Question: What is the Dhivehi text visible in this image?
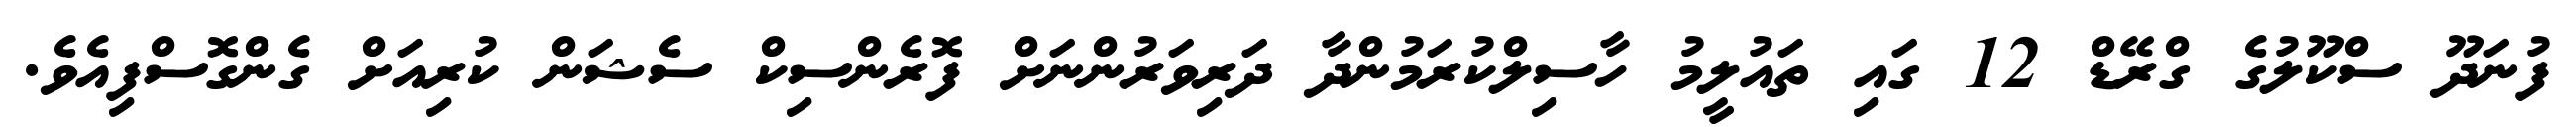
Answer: ފުނަދޫ ސްކޫލުގެ ގްރޭޑް 12 ގައި ތައުލީމު ހާސިލްކުރަމުންދާ ދަރިވަރުންނަށް ފޮރެންސިކް ސެޝަން ކުރިއަށް ގެންގޮސްފިއެވެ.